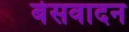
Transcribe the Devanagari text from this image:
बेसवादन